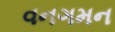
વનગમન